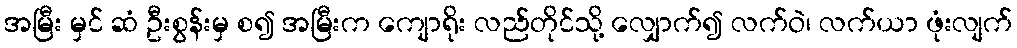
အမြီး မှင် ဆံ ဦးစွန်းမှ စ၍ အမြီးက ကျောရိုး လည်တိုင်သို့ လျှောက်၍ လက်ဝဲ၊ လက်ယာ ဖုံးလျက်